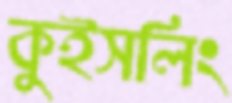
কুইসলিং